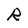
Character: R